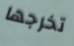
تخرجها